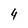
Character: 4